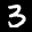
Label: 3